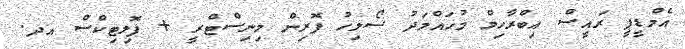
އެމްޑީޕީ ރައީސް އިބްރާހިމް މުހައްމަދު ސޯލިހު ފޮރިން މިނިސްޓްރީ + ޕޮލިޓިކްސް އދ.